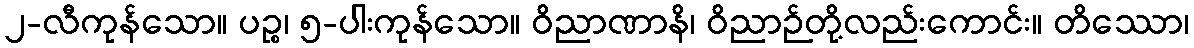
၂-လီကုန်သော။ ပဉ္စ၊ ၅-ပါးကုန်သော။ ဝိညာဏာနိ၊ ဝိညာဉ်တို့လည်းကောင်း။ တိဿော၊